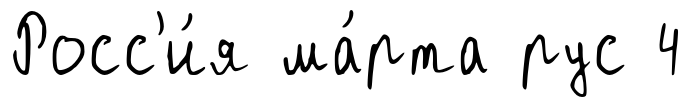
Росс'и́я ма́рта рус 4